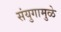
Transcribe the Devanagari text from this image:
संयुगामुळे